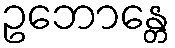
ဥဘောန္တေ